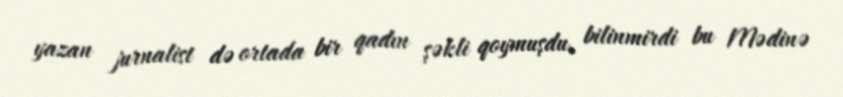
yazan jurnalist də ortada bir qadın şəkli qoymuşdu, bilinmirdi bu Mədinə